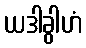
ယဒါခွါဟံ